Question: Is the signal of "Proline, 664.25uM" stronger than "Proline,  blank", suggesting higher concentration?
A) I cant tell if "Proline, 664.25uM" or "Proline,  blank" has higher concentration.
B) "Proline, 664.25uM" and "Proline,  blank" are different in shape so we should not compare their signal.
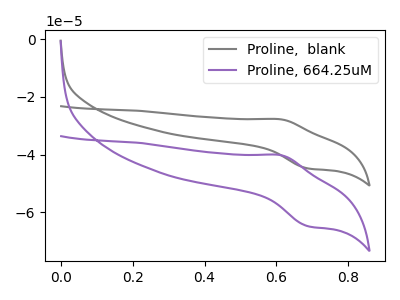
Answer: <think>The gray curve "Proline,  blank" has an anodic peak at (0.60V, -27.75uA) and a cathodic peak at (0.70V, -44.75uA). The purple curve "Proline, 664.25uM" has an anodic peak at (0.60V, -40.20uA) and a cathodic peak at (0.70V, -64.80uA).
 All the peaks in "Proline, 664.25uM" have a peak in "Proline,  blank" at the same potential.</think>
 <answer>A) I cant tell if "Proline, 664.25uM" or "Proline,  blank" has higher concentration.</answer>
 <eval>A</eval>